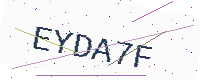
Text: EYDA7F